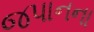
જપાનના